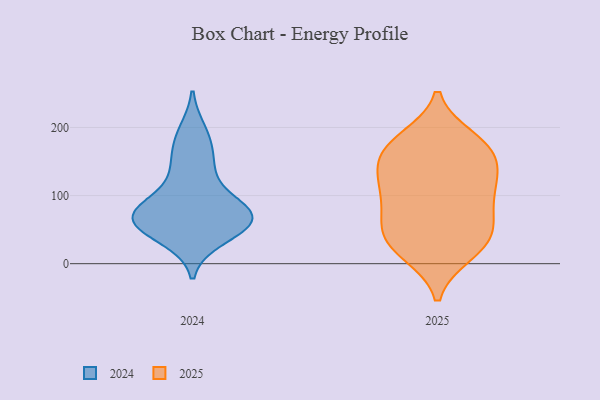
{"axis": {"x": "Tickets Resolved", "y": "Value"}, "legend": ["2024", "2025"], "data": [{"x": "", "y": 67, "type": "2024"}, {"x": "", "y": 138, "type": "2024"}, {"x": "", "y": 73, "type": "2024"}, {"x": "", "y": 77, "type": "2024"}, {"x": "", "y": 39, "type": "2024"}, {"x": "", "y": 69, "type": "2024"}, {"x": "", "y": 74, "type": "2024"}, {"x": "", "y": 55, "type": "2024"}, {"x": "", "y": 63, "type": "2024"}, {"x": "", "y": 178, "type": "2024"}, {"x": "", "y": 192, "type": "2024"}, {"x": "", "y": 92, "type": "2024"}, {"x": "", "y": 52, "type": "2024"}, {"x": "", "y": 142, "type": "2024"}, {"x": "", "y": 24, "type": "2025"}, {"x": "", "y": 160, "type": "2025"}, {"x": "", "y": 178, "type": "2025"}, {"x": "", "y": 39, "type": "2025"}, {"x": "", "y": 15, "type": "2025"}, {"x": "", "y": 88, "type": "2025"}, {"x": "", "y": 171, "type": "2025"}, {"x": "", "y": 128, "type": "2025"}, {"x": "", "y": 107, "type": "2025"}, {"x": "", "y": 165, "type": "2025"}, {"x": "", "y": 140, "type": "2025"}, {"x": "", "y": 21, "type": "2025"}, {"x": "", "y": 183, "type": "2025"}, {"x": "", "y": 106, "type": "2025"}, {"x": "", "y": 61, "type": "2025"}, {"x": "", "y": 120, "type": "2025"}, {"x": "", "y": 59, "type": "2025"}, {"x": "", "y": 53, "type": "2025"}]}